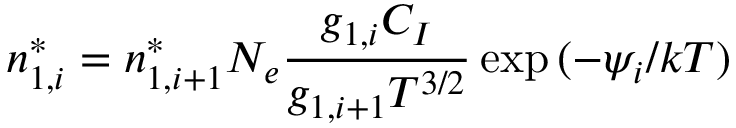
n _ { 1 , i } ^ { * } = n _ { 1 , i + 1 } ^ { * } N _ { e } { \frac { g _ { 1 , i } C _ { I } } { g _ { 1 , i + 1 } T ^ { 3 / 2 } } } \exp { ( - \psi _ { i } / k T ) }